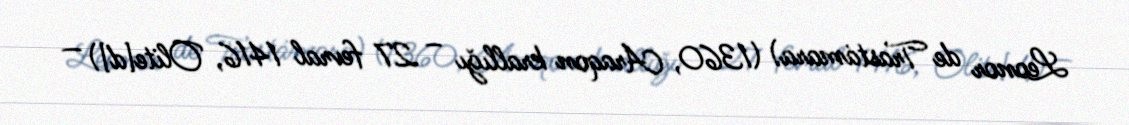
Leonor de Trastámara) (1360, Araqon krallığı – 27 fevral 1416, Olite[d]) —